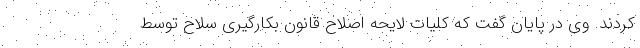
کردند. وی در پایان گفت که کلیات لایحه اصلاح قانون بکارگیری سلاح توسط